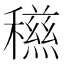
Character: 𥣏